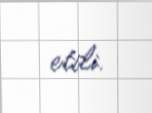
etdi.